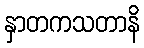
နှာတကသတာနိ